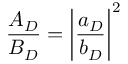
\frac { A _ { D } } { B _ { D } } = \left| \frac { a _ { D } } { b _ { D } } \right| ^ { 2 }